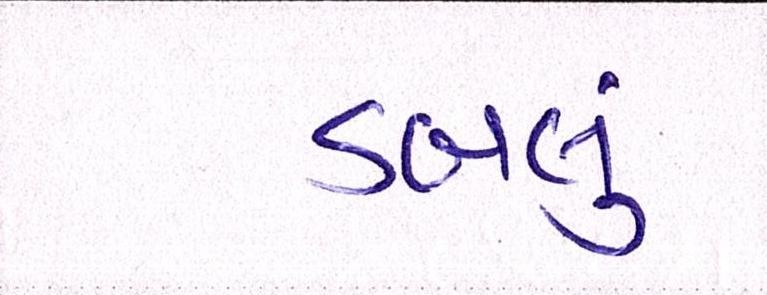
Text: ડબલું